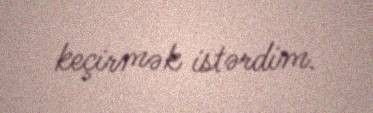
keçirmək istərdim.